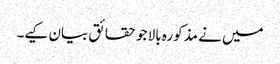
میں نے مذکورہ بالا جو حقائق بیان کیے۔